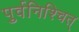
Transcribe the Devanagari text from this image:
पुर्वनिश्चित्